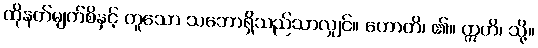
ထိုနတ်မျက်စိနှင့် တူသော သဘောရှိသည်သာလျှင်။ ဟောတိ၊ ၏။ ဣတိ၊ သို့။